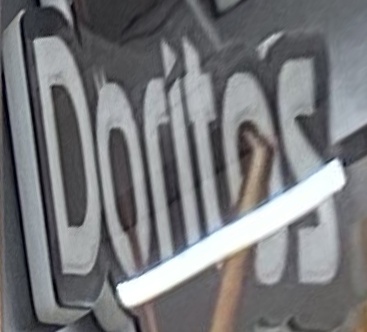
Doritos